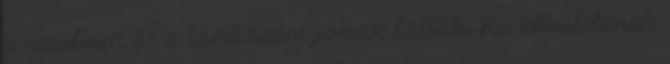
a szüleim és a tanáraim jónak látták, ha elküldenek